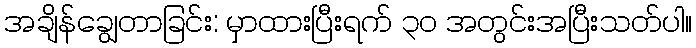
အချိန်ချွေတာခြင်း: မှာထားပြီးရက် ၃၀ အတွင်းအပြီးသတ်ပါ။